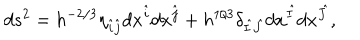
d s ^ { 2 } = h ^ { - 2 / 3 } \eta _ { \hat { i } \hat { j } } d x ^ { \hat { i } } d x ^ { \hat { j } } + h ^ { 1 / 3 } \delta _ { \hat { I } \hat { J } } d x ^ { \hat { I } } d x ^ { \hat { J } } ,